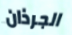
الجرذان